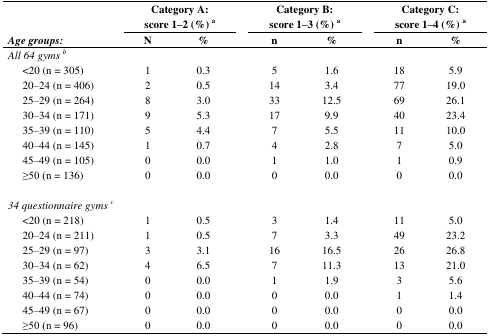
<table><thead><tr><td>[EMPTY_CELL]</td><td colspan="2"><b>Category A: score 1–2 (%) a</b></td><td colspan="2"><b>Category B: score 1–3 (%) a</b></td><td colspan="2"><b>Category C: score 1–4 (%) a</b></td></tr><tr><td><b><i>Age groups:</i></b></td><td><b>N</b></td><td><b>%</b></td><td><b>n</b></td><td><b>%</b></td><td><b>n</b></td><td><b>%</b></td></tr></thead><tbody><tr><td colspan="7"><i>All 64 gyms</i>b</td></tr><tr><td> &lt;20 (n = 305)</td><td>1</td><td>0.3</td><td>5</td><td>1.6</td><td>18</td><td>5.9</td></tr><tr><td> 20–24 (n = 406)</td><td>2</td><td>0.5</td><td>14</td><td>3.4</td><td>77</td><td>19.0</td></tr><tr><td> 25–29 (n = 264)</td><td>8</td><td>3.0</td><td>33</td><td>12.5</td><td>69</td><td>26.1</td></tr><tr><td> 30–34 (n = 171)</td><td>9</td><td>5.3</td><td>17</td><td>9.9</td><td>40</td><td>23.4</td></tr><tr><td> 35–39 (n = 110)</td><td>5</td><td>4.4</td><td>7</td><td>5.5</td><td>11</td><td>10.0</td></tr><tr><td> 40–44 (n = 145)</td><td>1</td><td>0.7</td><td>4</td><td>2.8</td><td>7</td><td>5.0</td></tr><tr><td> 45–49 (n = 105)</td><td>0</td><td>0.0</td><td>1</td><td>1.0</td><td>1</td><td>0.9</td></tr><tr><td> ≥50 (n = 136)</td><td>0</td><td>0.0</td><td>0</td><td>0.0</td><td>0</td><td>0.0</td></tr><tr><td colspan="7"><i>34 questionnaire gyms</i>c</td></tr><tr><td> &lt;20 (n = 218)</td><td>1</td><td>0.5</td><td>3</td><td>1.4</td><td>11</td><td>5.0</td></tr><tr><td> 20–24 (n = 211)</td><td>1</td><td>0.5</td><td>7</td><td>3.3</td><td>49</td><td>23.2</td></tr><tr><td> 25–29 (n = 97)</td><td>3</td><td>3.1</td><td>16</td><td>16.5</td><td>26</td><td>26.8</td></tr><tr><td> 30–34 (n = 62)</td><td>4</td><td>6.5</td><td>7</td><td>11.3</td><td>13</td><td>21.0</td></tr><tr><td> 35–39 (n = 54)</td><td>0</td><td>0.0</td><td>1</td><td>1.9</td><td>3</td><td>5.6</td></tr><tr><td> 40–44 (n = 74)</td><td>0</td><td>0.0</td><td>0</td><td>0.0</td><td>1</td><td>1.4</td></tr><tr><td> 45–49 (n = 67)</td><td>0</td><td>0.0</td><td>0</td><td>0.0</td><td>0</td><td>0.0</td></tr><tr><td> ≥50 (n = 96)</td><td>0</td><td>0.0</td><td>0</td><td>0.0</td><td>0</td><td>0.0</td></tr></tbody></table>